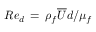
R e _ { d } \, = \, \rho _ { f } \overline { { U } } d / \mu _ { f }